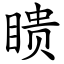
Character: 瞆